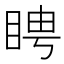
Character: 䀻